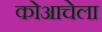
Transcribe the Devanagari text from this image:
कोआचेला